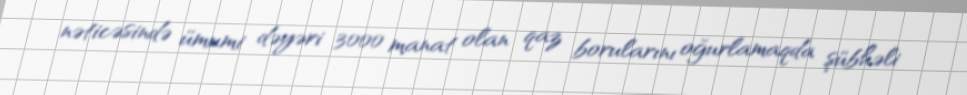
nəticəsində ümumi dəyəri 3000 manat olan qaz borularını oğurlamaqda şübhəli